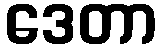
ဒေတာ